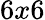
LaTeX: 6x6